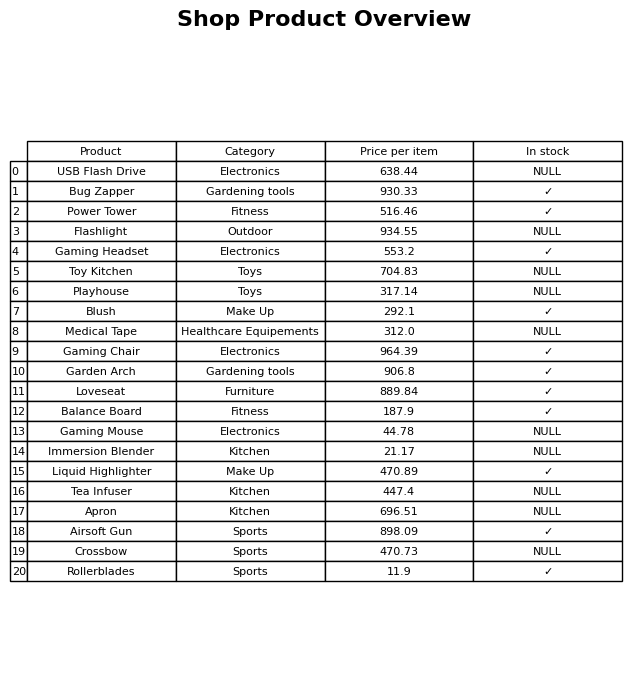
question: What is the price for Rollerblades?
answer: The price of Rollerblades is 11.9.